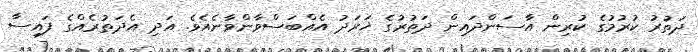
ދަތުރު ކުރުމުގެ ކުރިން އާސަންދައިން ދަތުރުގެ ޚަރަދު އެއްބަސްވާންވާނެއެވެ. އަދި އެދަތުރެއްގެ ފައިސާ